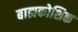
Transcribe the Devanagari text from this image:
बाह्यकोशिक